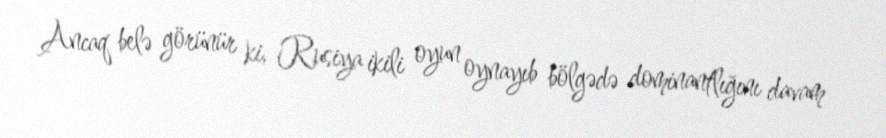
Ancaq belə görünür ki, Rusiya ikili oyun oynayıb bölgədə dominantlığını davam